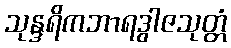
သုန္ဒရိကဘာရဒွါဇသုတ္တံ